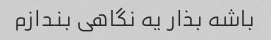
باشه بذار یه نگاهی بندازم